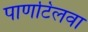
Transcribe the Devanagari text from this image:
पाणटिलवा